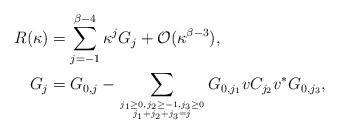
LaTeX: \begin{align*}R(\kappa)&=\sum_{j=-1}^{\beta-4}\kappa^jG_j+\mathcal O(\kappa^{\beta-3}),\\G_j&=G_{0,j}-\sum_{\genfrac{}{}{0pt}{}{j_1\ge 0,j_2\ge -1,j_3\ge 0}{j_1+j_2+j_3=j}}G_{0,j_1}vC_{j_2}v^*G_{0,j_3},\end{align*}